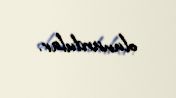
olunurdular.